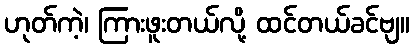
ဟုတ်ကဲ့၊ ကြားဖူးတယ်လို့ ထင်တယ်ခင်ဗျ။